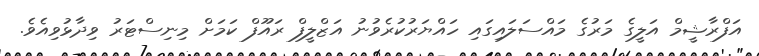
އަފްރާޝީމް އަލީގެ މަރުގެ މައްސަލައިގައި ހައްޔަރުކުރެވުނު އަޒްލީފް ރައޫފް ކަަމަށް މިނިސްޓަރު ވިދާޅުވިއެވެ.